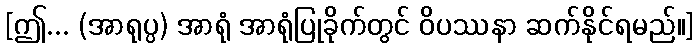
[ဤ... (အာရုပ္ပ) အာရုံ အာရုံပြုခိုက်တွင် ဝိပဿနာ ဆက်နိုင်ရမည်။]